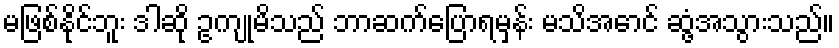
မဖြစ်နိုင်ဘူး ဒါဆို ဥကျုမိသည် ဘာဆက်ပြောရမှန်း မသိအောင် ဆွံ့အသွားသည်။